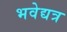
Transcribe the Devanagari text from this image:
भवेद्यत्र